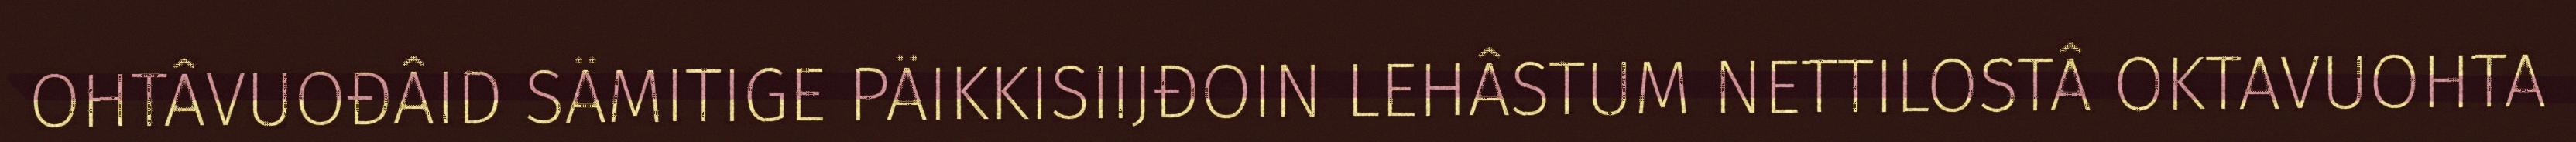
OHTÂVUOĐÂID SÄMITIGE PÄIKKISIIJĐOIN LEHÂSTUM NETTILOSTÂ OKTAVUOHTA